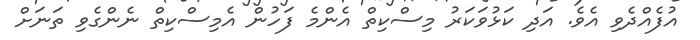
އުފެއްދެވި އެވެ. އަދި ކަޅުވަކަރު މިސްކިތް އެންމެ ފަހުން އެމިސްކިތް ނެންގެވި ތަނަށް